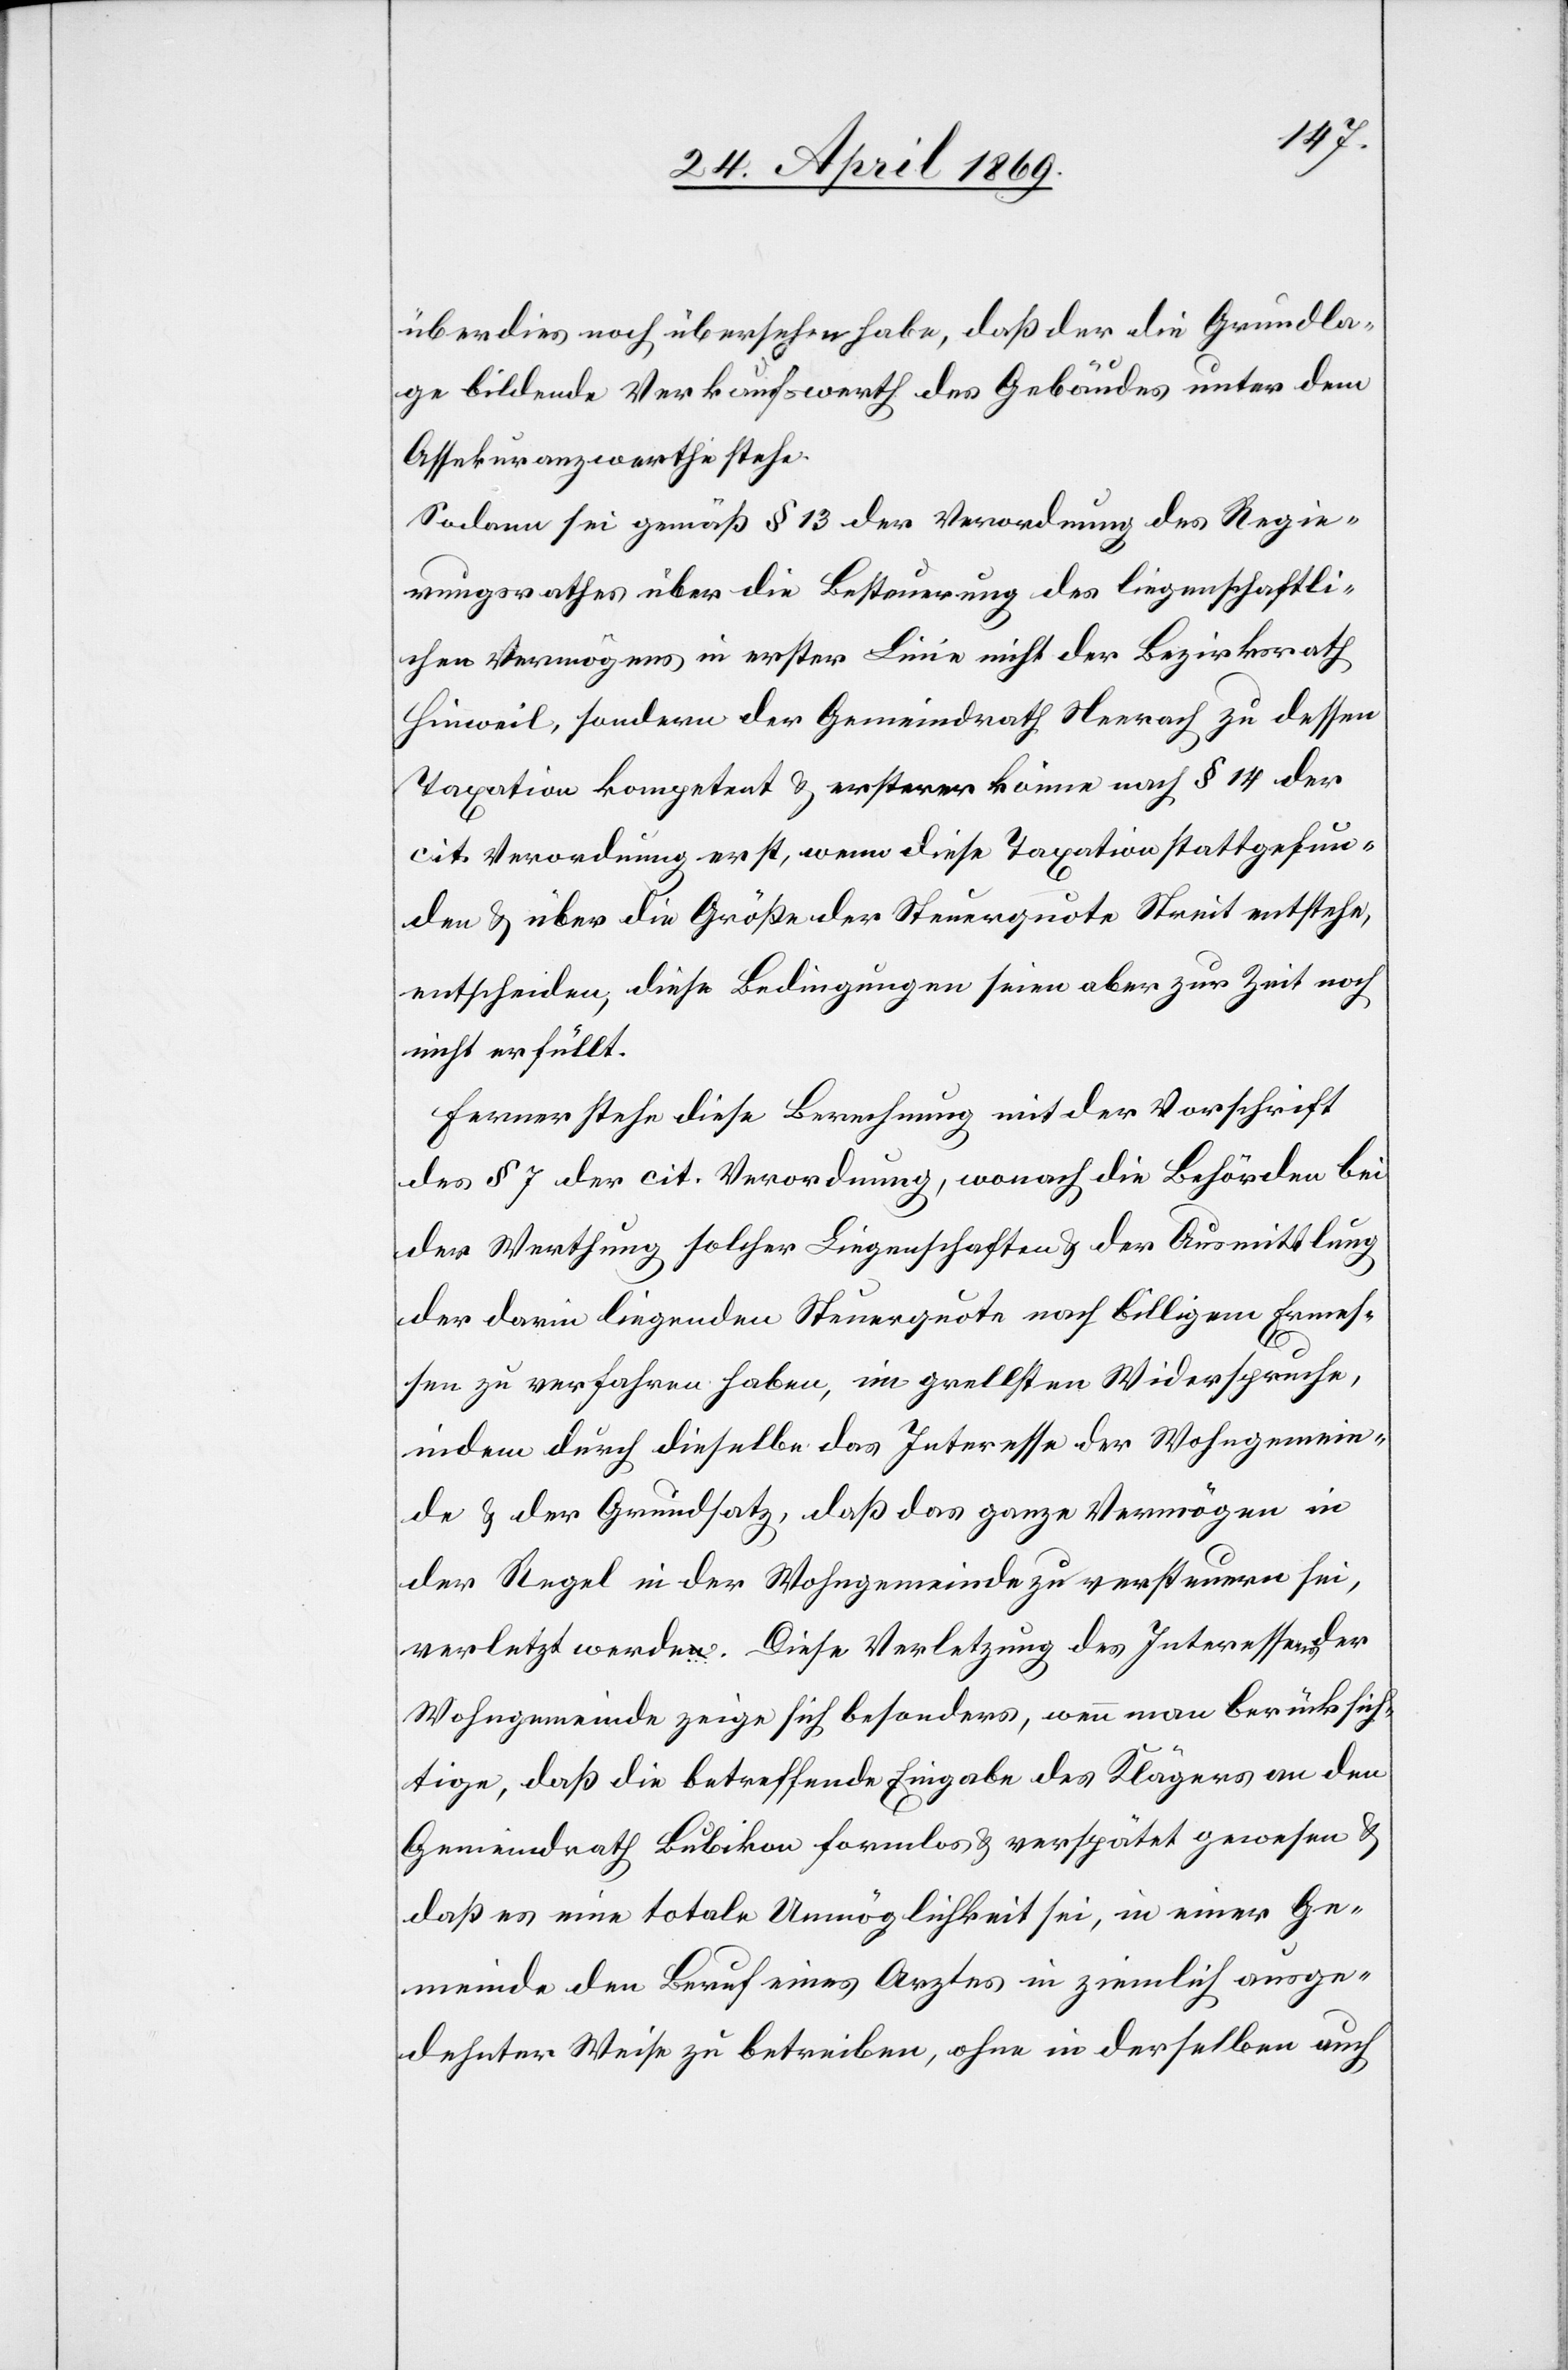
überdies noch übersehen habe, daß der die Grundla¬
ge bildende Verkaufswerth des Gebäudes unter dem
Assekuranzwerthe stehe.
Sodann sei gemäß § 13 der Verordnung des Regie¬
rungsrathes über die Besteuerung des liegenschaftli¬
chen Vermögens in erster Linie nicht der Bezirksrath
Hinweil, sondern der Gemeindrath Neerach zu dessen
Taxation kompetent u. ersterer könne nach § 14 der
cit. Verordnung erst, wenn diese Taxation stattgefun¬
den u. über die Größe der Steuerquote Streit entstehe,
entscheiden, diese Bedingungen seien aber zur Zeit noch
nicht erfüllt.
Ferner stehe diese Berechnung mit der Vorschrift
des § 7 der cit. Verordnung, wonach die Behörden bei
der Werthung solcher Liegenschaften der Ausmittlung
der darin liegenden Steuerquote nach billigem Ermes¬
sen zu verfahren haben, im grellsten Widerspruche,
indem durch dieselbe das Interesse der Wohngemein¬
de u. der Grundsatz, daß das ganze Vermögen in
der Regel in der Wohngemeinde zu versteuern sei,
verletzt werde. Diese Verletzung des Interessens
Wohngemeinde zeige sich besonders, wenn man berücksich¬
tige, daß die betreffende Eingabe des Klägers an den
Gemeindrath Bubikon formlos u. verspätet gewesen u.
daß es eine totale Unmöglichkeit sei, in einer Ge¬
meinde den Beruf eines Arztes in ziemlich ausge¬
dehnter Weise zu betreiben, ohne in derselben auch